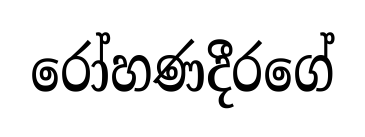
රෝහණදීරගේ